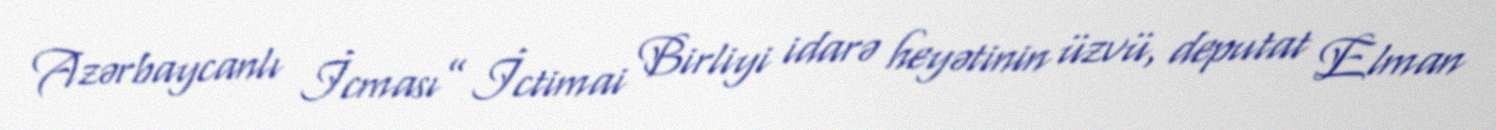
Azərbaycanlı İcması” İctimai Birliyi idarə heyətinin üzvü, deputat Elman